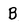
Character: B